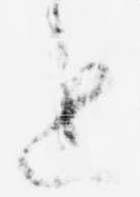
上